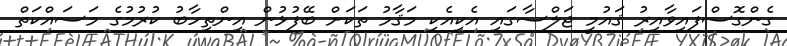
ގެންގޮސްފައިވާއިރު ޤައުމީ ޖަލްސާގައި އެކިއެކި މަޤާމު ތަކަށް ބޭފުޅުން އިންތިހާބު ކުރުމުގެ މަސައްކަތް